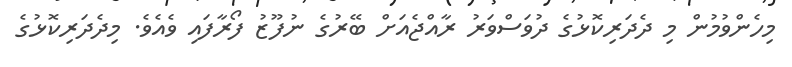
މިހެންވުމުން މި ދެދަރިކޮޅުގެ ދުވަސްވަރު ރާއްޖެއަށް ބޭރުގެ ނުފޫޒު ފޯރާފައި ވެއެވެ. މިދެދަރިކޮޅުގެ